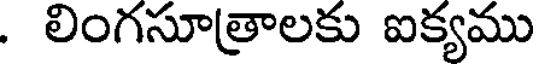
. లింగసూత్రాలకు ఐక్యము